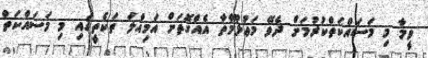
ވީމާ މި މަސައްކަތްކުރުމަށް ދެވޭ މަޢުލޫމާތާ އެއްގޮތަށް އަމިއްލަ ތަކެތީގައި މި މަސައްކަތް